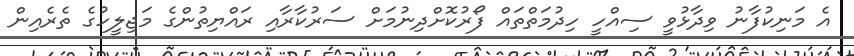
އެ މަނިކުފާނު ވިދާޅުވީ ސިއްހީ ހިދުމަތްތައް ފޯރުކޮށްދިނުމަށް ސަރުކާރާއި ރައްޔިތުންގެ މަޖިލީހުގެ ތެރެއިން